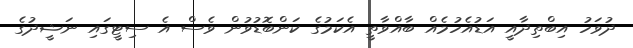
ދުވަހު އިބްތިދާއީ އަޑުއެހުމެއް ބާއްވާތީ އެކަމުގެ ކަންބޮޑުވުން ވެސް އެ ސިޓީގައި ނަޝީދުގެ